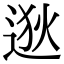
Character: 逖